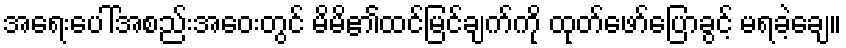
အရေးပေါ်အစည်းအဝေးတွင် မိမိ၏ထင်မြင်ချက်ကို ထုတ်ဖော်ပြောခွင့် မရခဲ့ချေ။